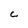
Character: C